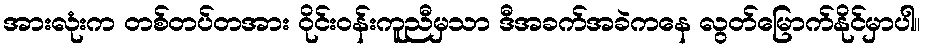
အားလုံးက တစ်တပ်တအား ဝိုင်းဝန်းကူညီမှသာ ဒီအခက်အခဲကနေ လွတ်မြောက်နိုင်မှာပါ။